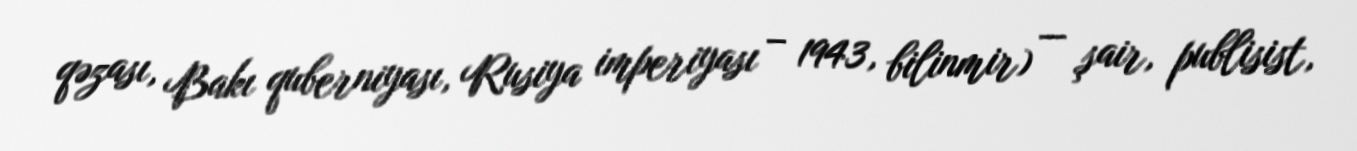
qəzası, Bakı quberniyası, Rusiya imperiyası – 1943, bilinmir) — şair, publisist,